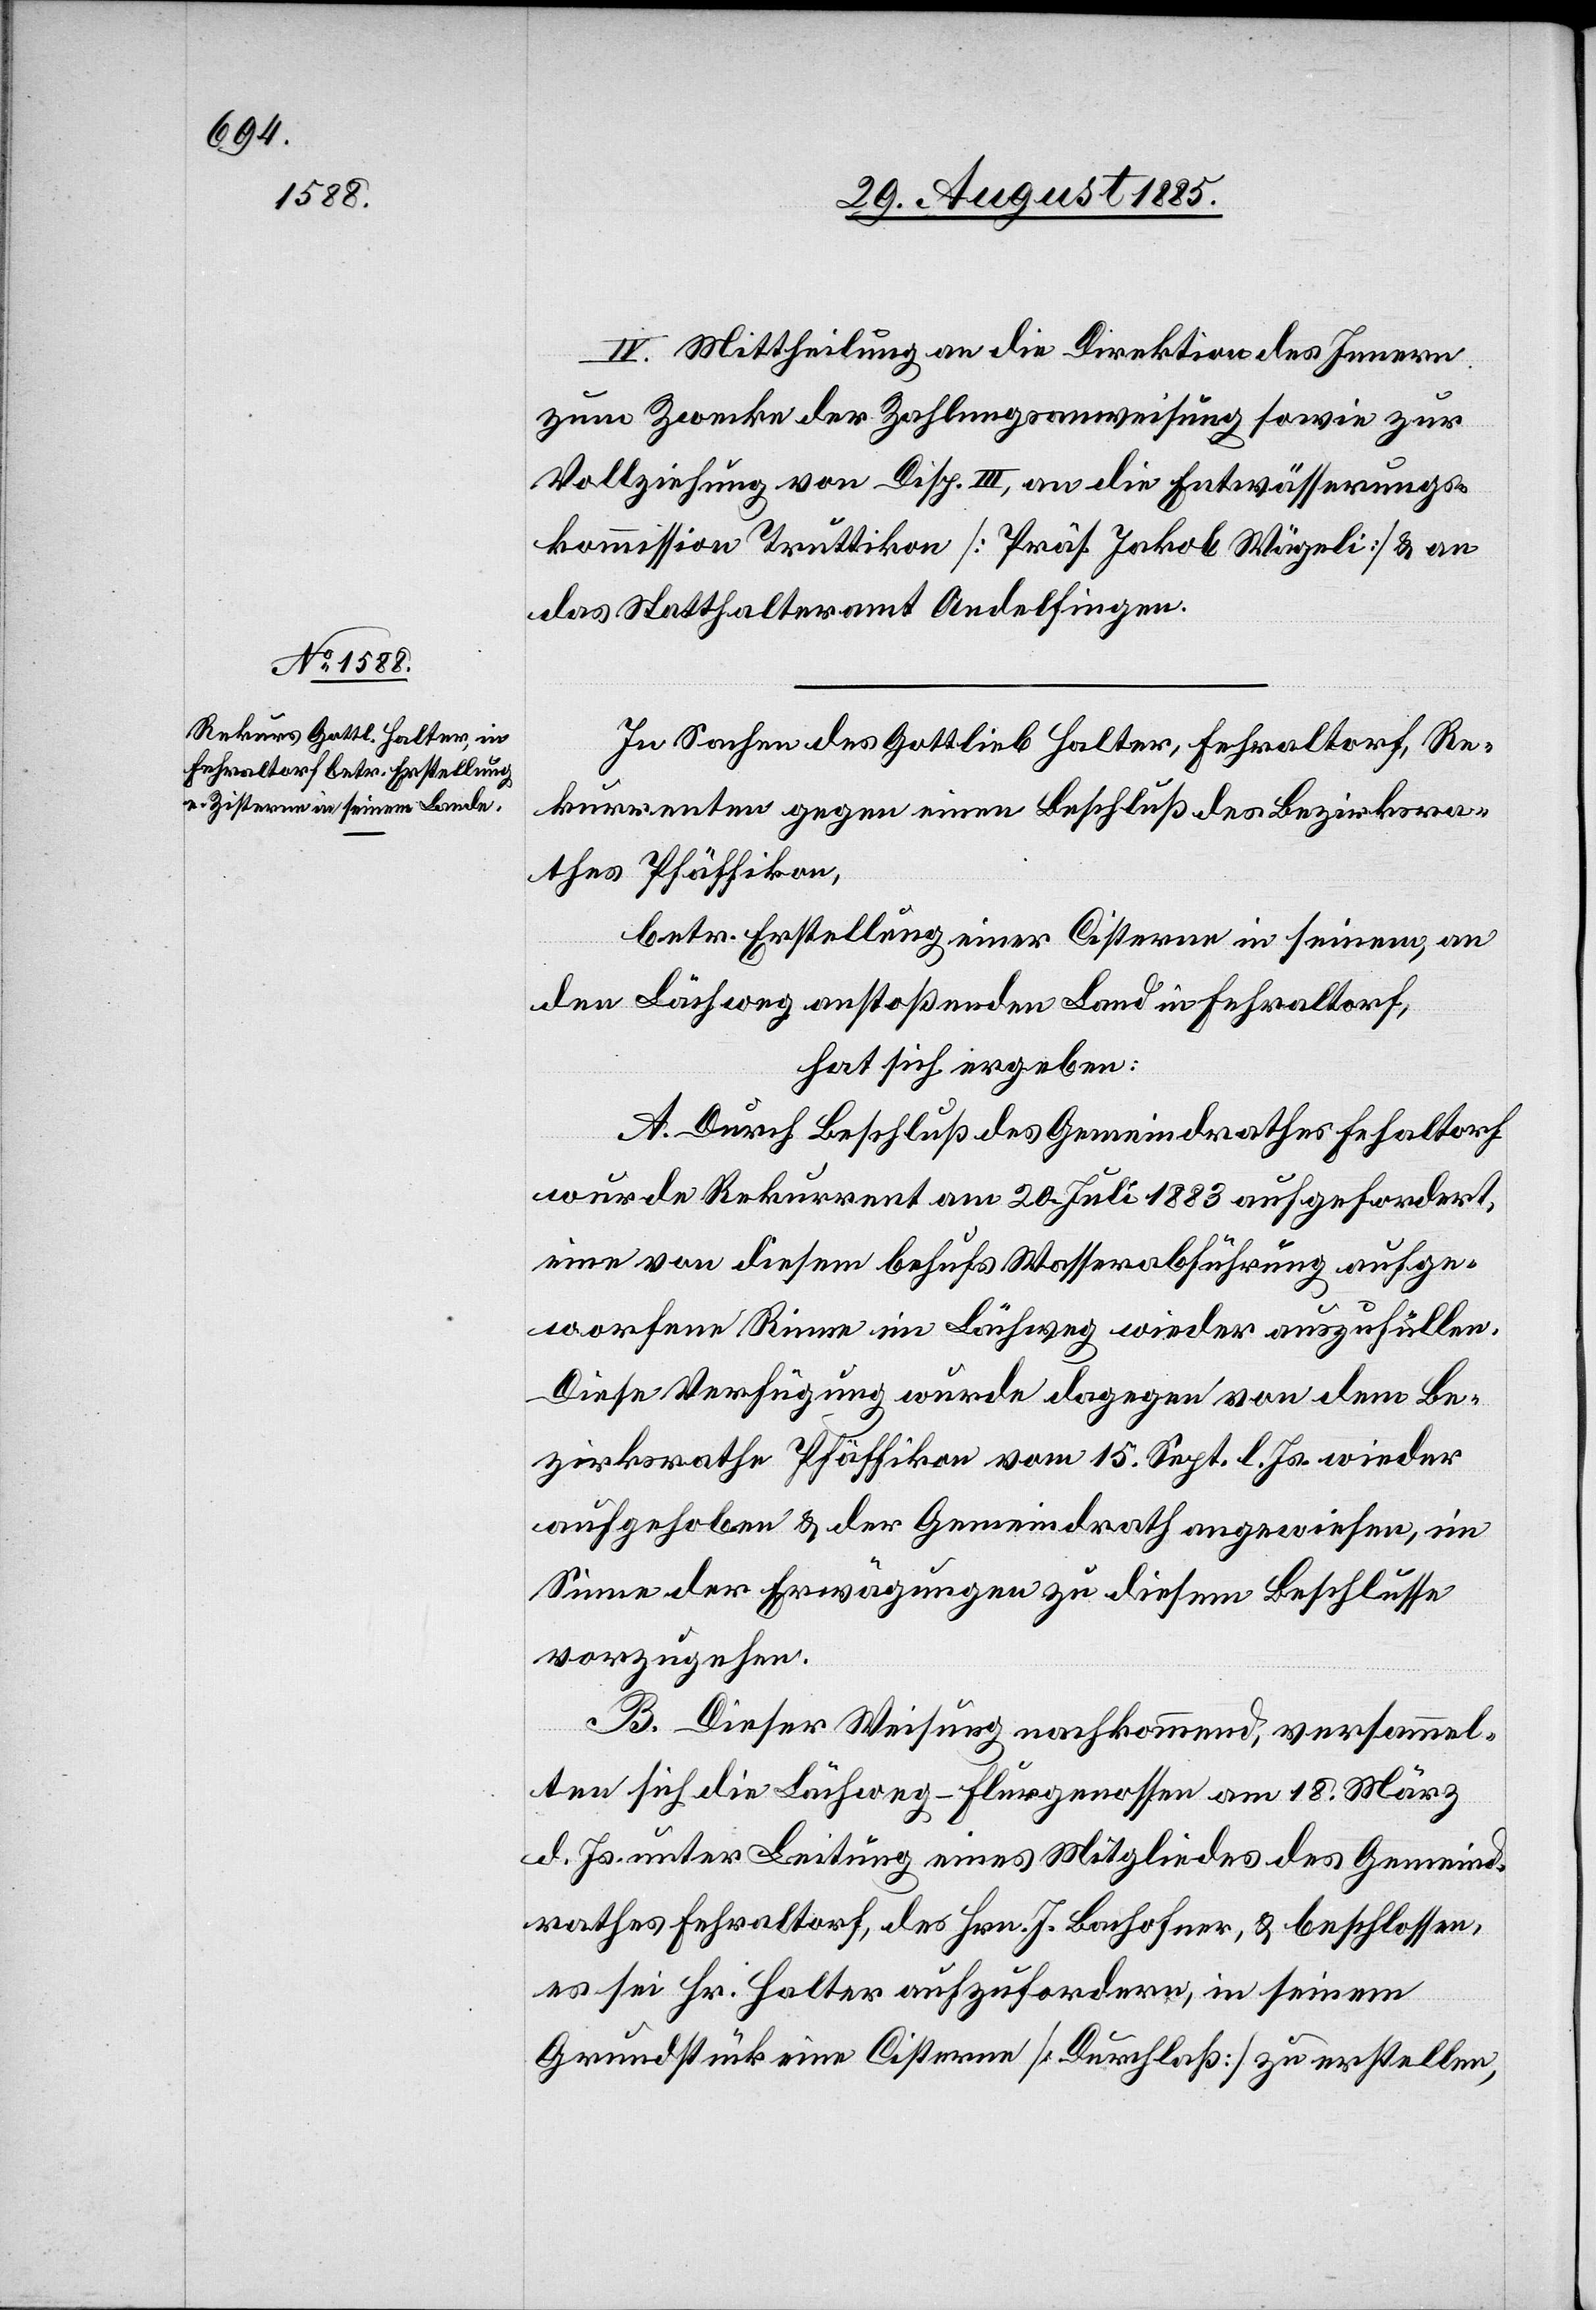
IV. Mittheilung an die Direktion des Innern
zum Zwecke der Zahlungsanweisung sowie zur
Vollziehung von Disp. III, an die Entwässerungs¬
kommission Truttikon [Präs. Jakob Wägeli] & an
das Statthalteramt Andelfingen.
In Sachen des Gottlieb Halter, Fehraltorf, Re¬
kurrenten gegen einen Beschluß des Bezirksra¬
thes Pfäffikon,
betr. Erstellung einer Cisterne in seinem, an
den Lächweg anstoßenden Land in Fehraltorf,
hat sich ergeben:
A. Durch Beschluß des Gemeindrathes Feh[r]altorf
wurde Rekurrent am 20. Juli 1883 aufgefordert,
eine von diesem behufs Wasserabführung aufge¬
worfene Rinne im Lächweg wieder auszufüllen.
Diese Verfügung wurde dagegen von dem Be¬
zirksrathe Pfäffikon vom 15. Sept. l. Js. wieder
aufgehoben & der Gemeindrath angewiesen, im
Sinne der Erwägungen zu diesem Beschlusse
vorzugehen.
B. Dieser Weisung nachkommend, versammel¬
ten sich die Lächweg-Flurgenossen am 18. März
d. Js. unter Leitung eines Mitgliedes des Gemeind¬
rathes Fehraltorf, des Hrn. J. Bachofner, & beschlossen,
es sei Hr. Halter aufzufordern, in seinem
Grundstück eine Cisterne [Durchlaß] zu erstellen,